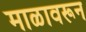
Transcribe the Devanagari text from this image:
माळावरून